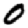
Digit: 0